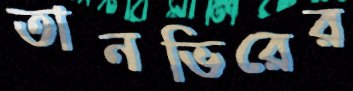
তানভিরের